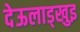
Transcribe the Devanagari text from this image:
देऊलाड्खुइ